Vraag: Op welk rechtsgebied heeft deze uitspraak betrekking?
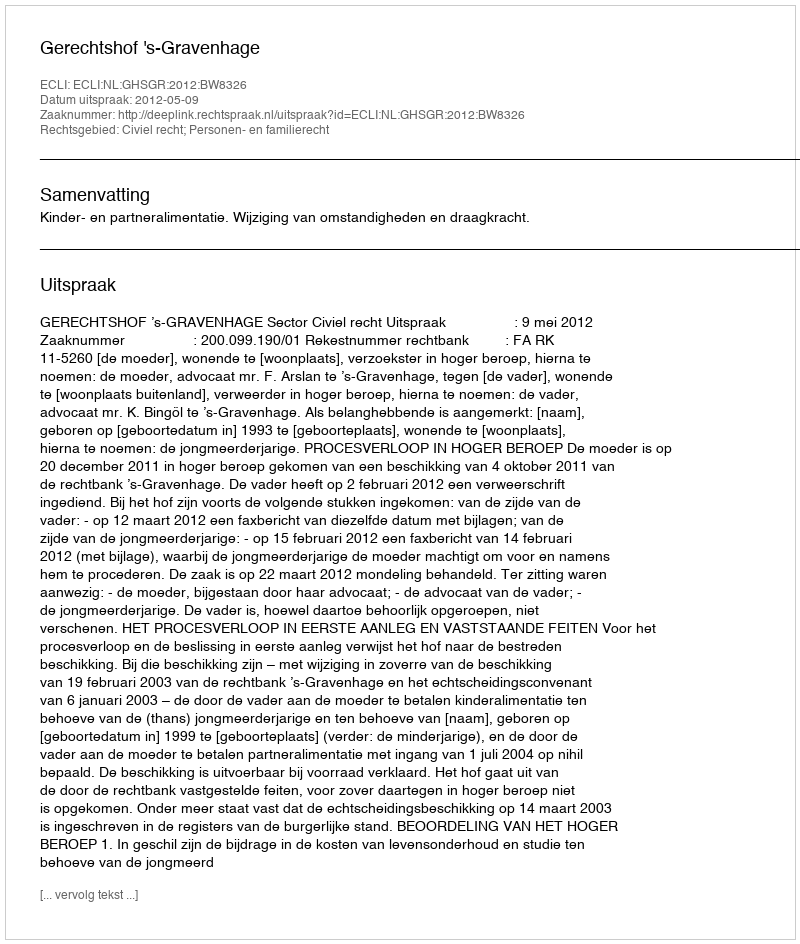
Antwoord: Civiel recht; Personen- en familierecht